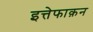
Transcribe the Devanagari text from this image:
इत्तेफाक़न